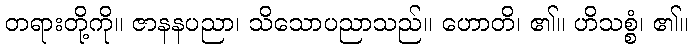
တရားတို့ကို။ ဇာနနပညာ၊ သိသောပညာသည်။ ဟောတိ၊ ၏။ ဟိသစ္စံ၊ ၏။